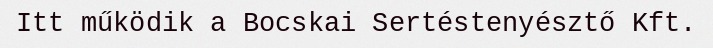
Itt működik a Bocskai Sertéstenyésztő Kft.